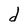
Character: d